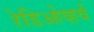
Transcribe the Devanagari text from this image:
रेडिओव्हर्व